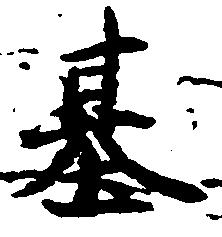
基